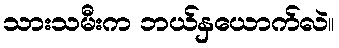
သားသမီးက ဘယ်နှယောက်လဲ။